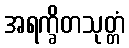
အရက္ခိတသုတ္တံ